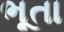
ભૂતા